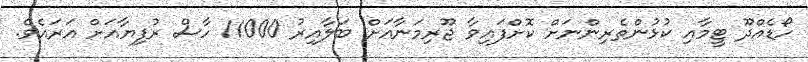
ހޯޑެއްދޫ ޓީމާއި ކުޅުންތެރިންނަށް ކޮށްފައިވާ ޖޫރިމަނާއަށް ބަލާއިރު 11000 ހާސް ރުފިޔާއަށް އަރައެވެ.